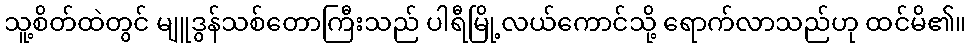
သူ့စိတ်ထဲတွင် မျူဒွန်သစ်တောကြီးသည် ပါရီမြို့လယ်ကောင်သို့ ရောက်လာသည်ဟု ထင်မိ၏။